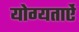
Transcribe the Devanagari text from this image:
योग्यताऐं